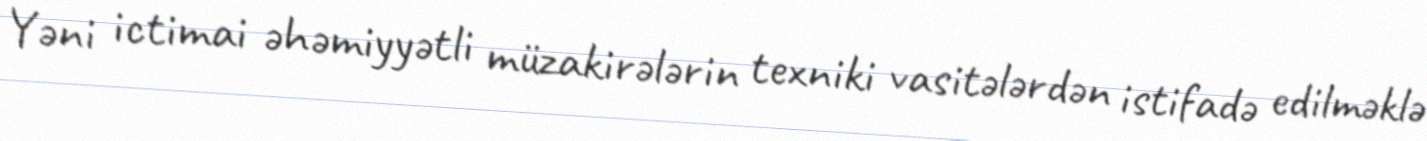
Yəni ictimai əhəmiyyətli müzakirələrin texniki vasitələrdən istifadə edilməklə